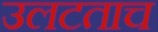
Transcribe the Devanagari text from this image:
उलटताच